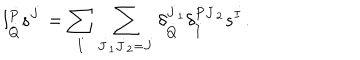
LaTeX: l _ { \dot { Q } } ^ { \dot { P } } s ^ { \dot { J } } = \sum _ { \dot { I } } \sum _ { \dot { J } _ { 1 } \dot { J } _ { 2 } = \dot { J } } \delta _ { \dot { Q } } ^ { \dot { J } _ { 1 } } \delta _ { \dot { I } } ^ { \dot { P } \dot { J } _ { 2 } } s ^ { \dot { I } } .